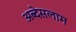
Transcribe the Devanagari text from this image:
अब्देसलाम